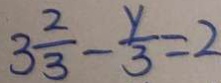
3 \frac { 2 } { 3 } - \frac { y } { 3 } = 2